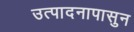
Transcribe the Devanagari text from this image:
उत्पादनापासुन